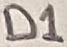
Text: D1